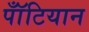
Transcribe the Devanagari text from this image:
पॉँटियान